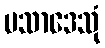
ပသာဒေသုံ